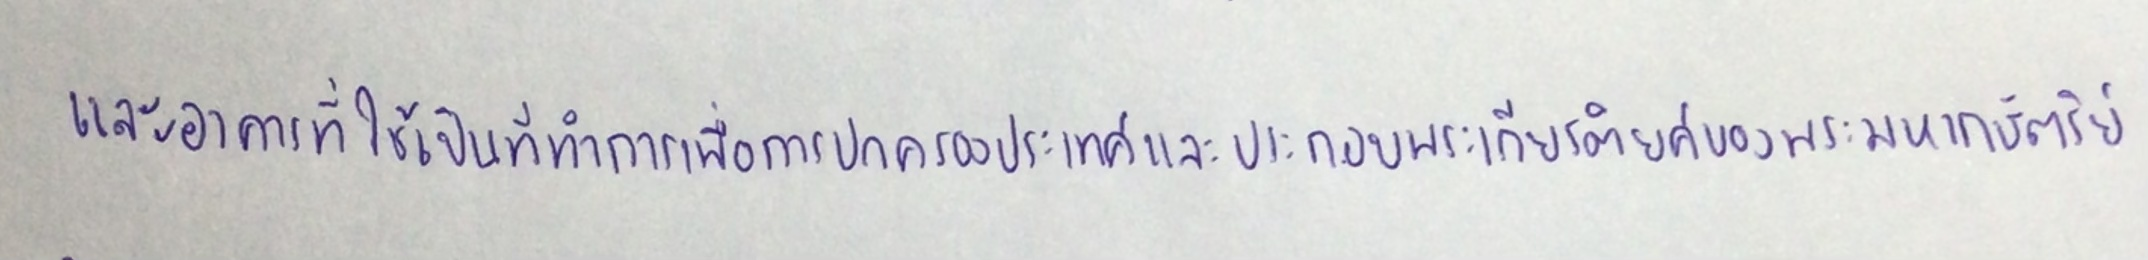
และอาคารที่ใช้เป็นที่ทำการเพื่อการปกครองประเทศและประกอบพระเกียรติยศของพระมหากษัตริย์